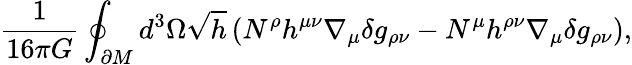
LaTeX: \frac{1}{16\pi G}\oint_{\partial M}d^{3}\Omega\sqrt{h}\left(N^{\rho}h^{\mu\nu}\nabla_{\mu}\delta g_{\rho\nu}-N^{\mu}h^{\rho\nu}\nabla_{\mu}\delta g_{\rho\nu}\right),